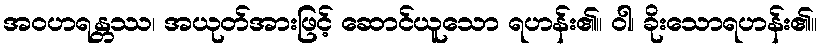
အဝဟရန္တဿ၊ အယုတ်အားဖြင့် ဆောင်ယူသော ရဟန်း၏။ ဝါ၊ ခိုးသောရဟန်း၏။